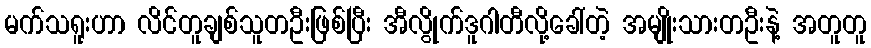
မက်သရူးဟာ လိင်တူချစ်သူတဦးဖြစ်ပြီး အီလွိုက်ဒူဂါတီလို့ခေါ်တဲ့ အမျိုးသားတဦးနဲ့ အတူတူ